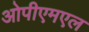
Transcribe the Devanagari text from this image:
ओपीएमएल